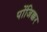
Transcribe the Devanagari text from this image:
पोंजिक्कर